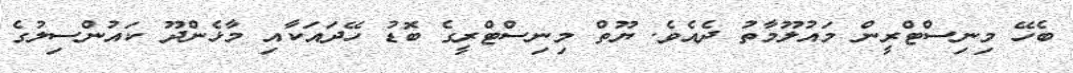
ބެހޭ މިނިސްޓްރީން މައުލޫމާތު ދެއެވެ. ޔޫތް މިނިސްޓްރީގެ ބޮޑު ހޭދައަކާއި މާޅެންދޫ ކައުންސިލުގެ